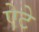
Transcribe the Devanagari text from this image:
ऐटे